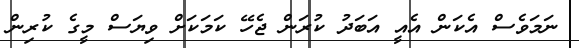
ނަމަވެސް އެކަން އެއީ އަބަދު ކުރަން ޖެހޭ ކަމަކަށް ވިޔަސް މީގެ ކުރިން